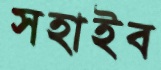
সহাইব